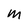
Character: m